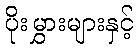
ပိုးမွှားများနှင့်